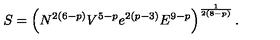
S = \left( N ^ { 2 ( 6 - p ) } V ^ { 5 - p } e ^ { 2 ( p - 3 ) } E ^ { 9 - p } \right) ^ { \frac { 1 } { 2 ( 8 - p ) } } .